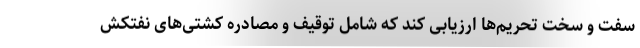
سفت و سخت تحریم‌ها ارزیابی کند که شامل توقیف و مصادره کشتی‌های نفتکش